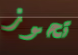
تحوز